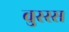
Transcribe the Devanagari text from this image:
वुस्स्स